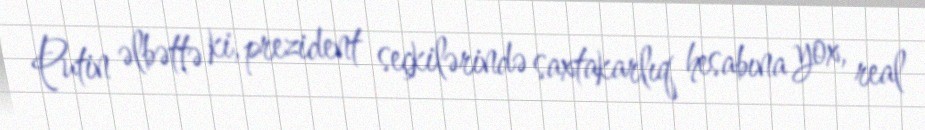
Putin əlbəttə ki, prezident seçkilərində saxtakarlıq hesabına yox, real